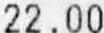
22.00